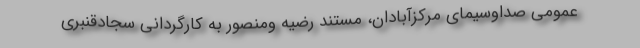
عمومی صداوسیمای مرکزآبادان، مستند رضیه ومنصور به کارگردانی سجادقنبری